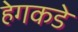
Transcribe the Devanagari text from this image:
हेगकडे